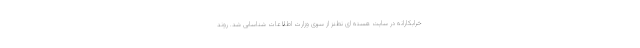
خرابکارانه در سایت هسته ای نطنز از سوی وزارت اطلاعات شناسایی شد. روند